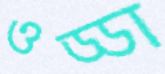
ওড্ডা